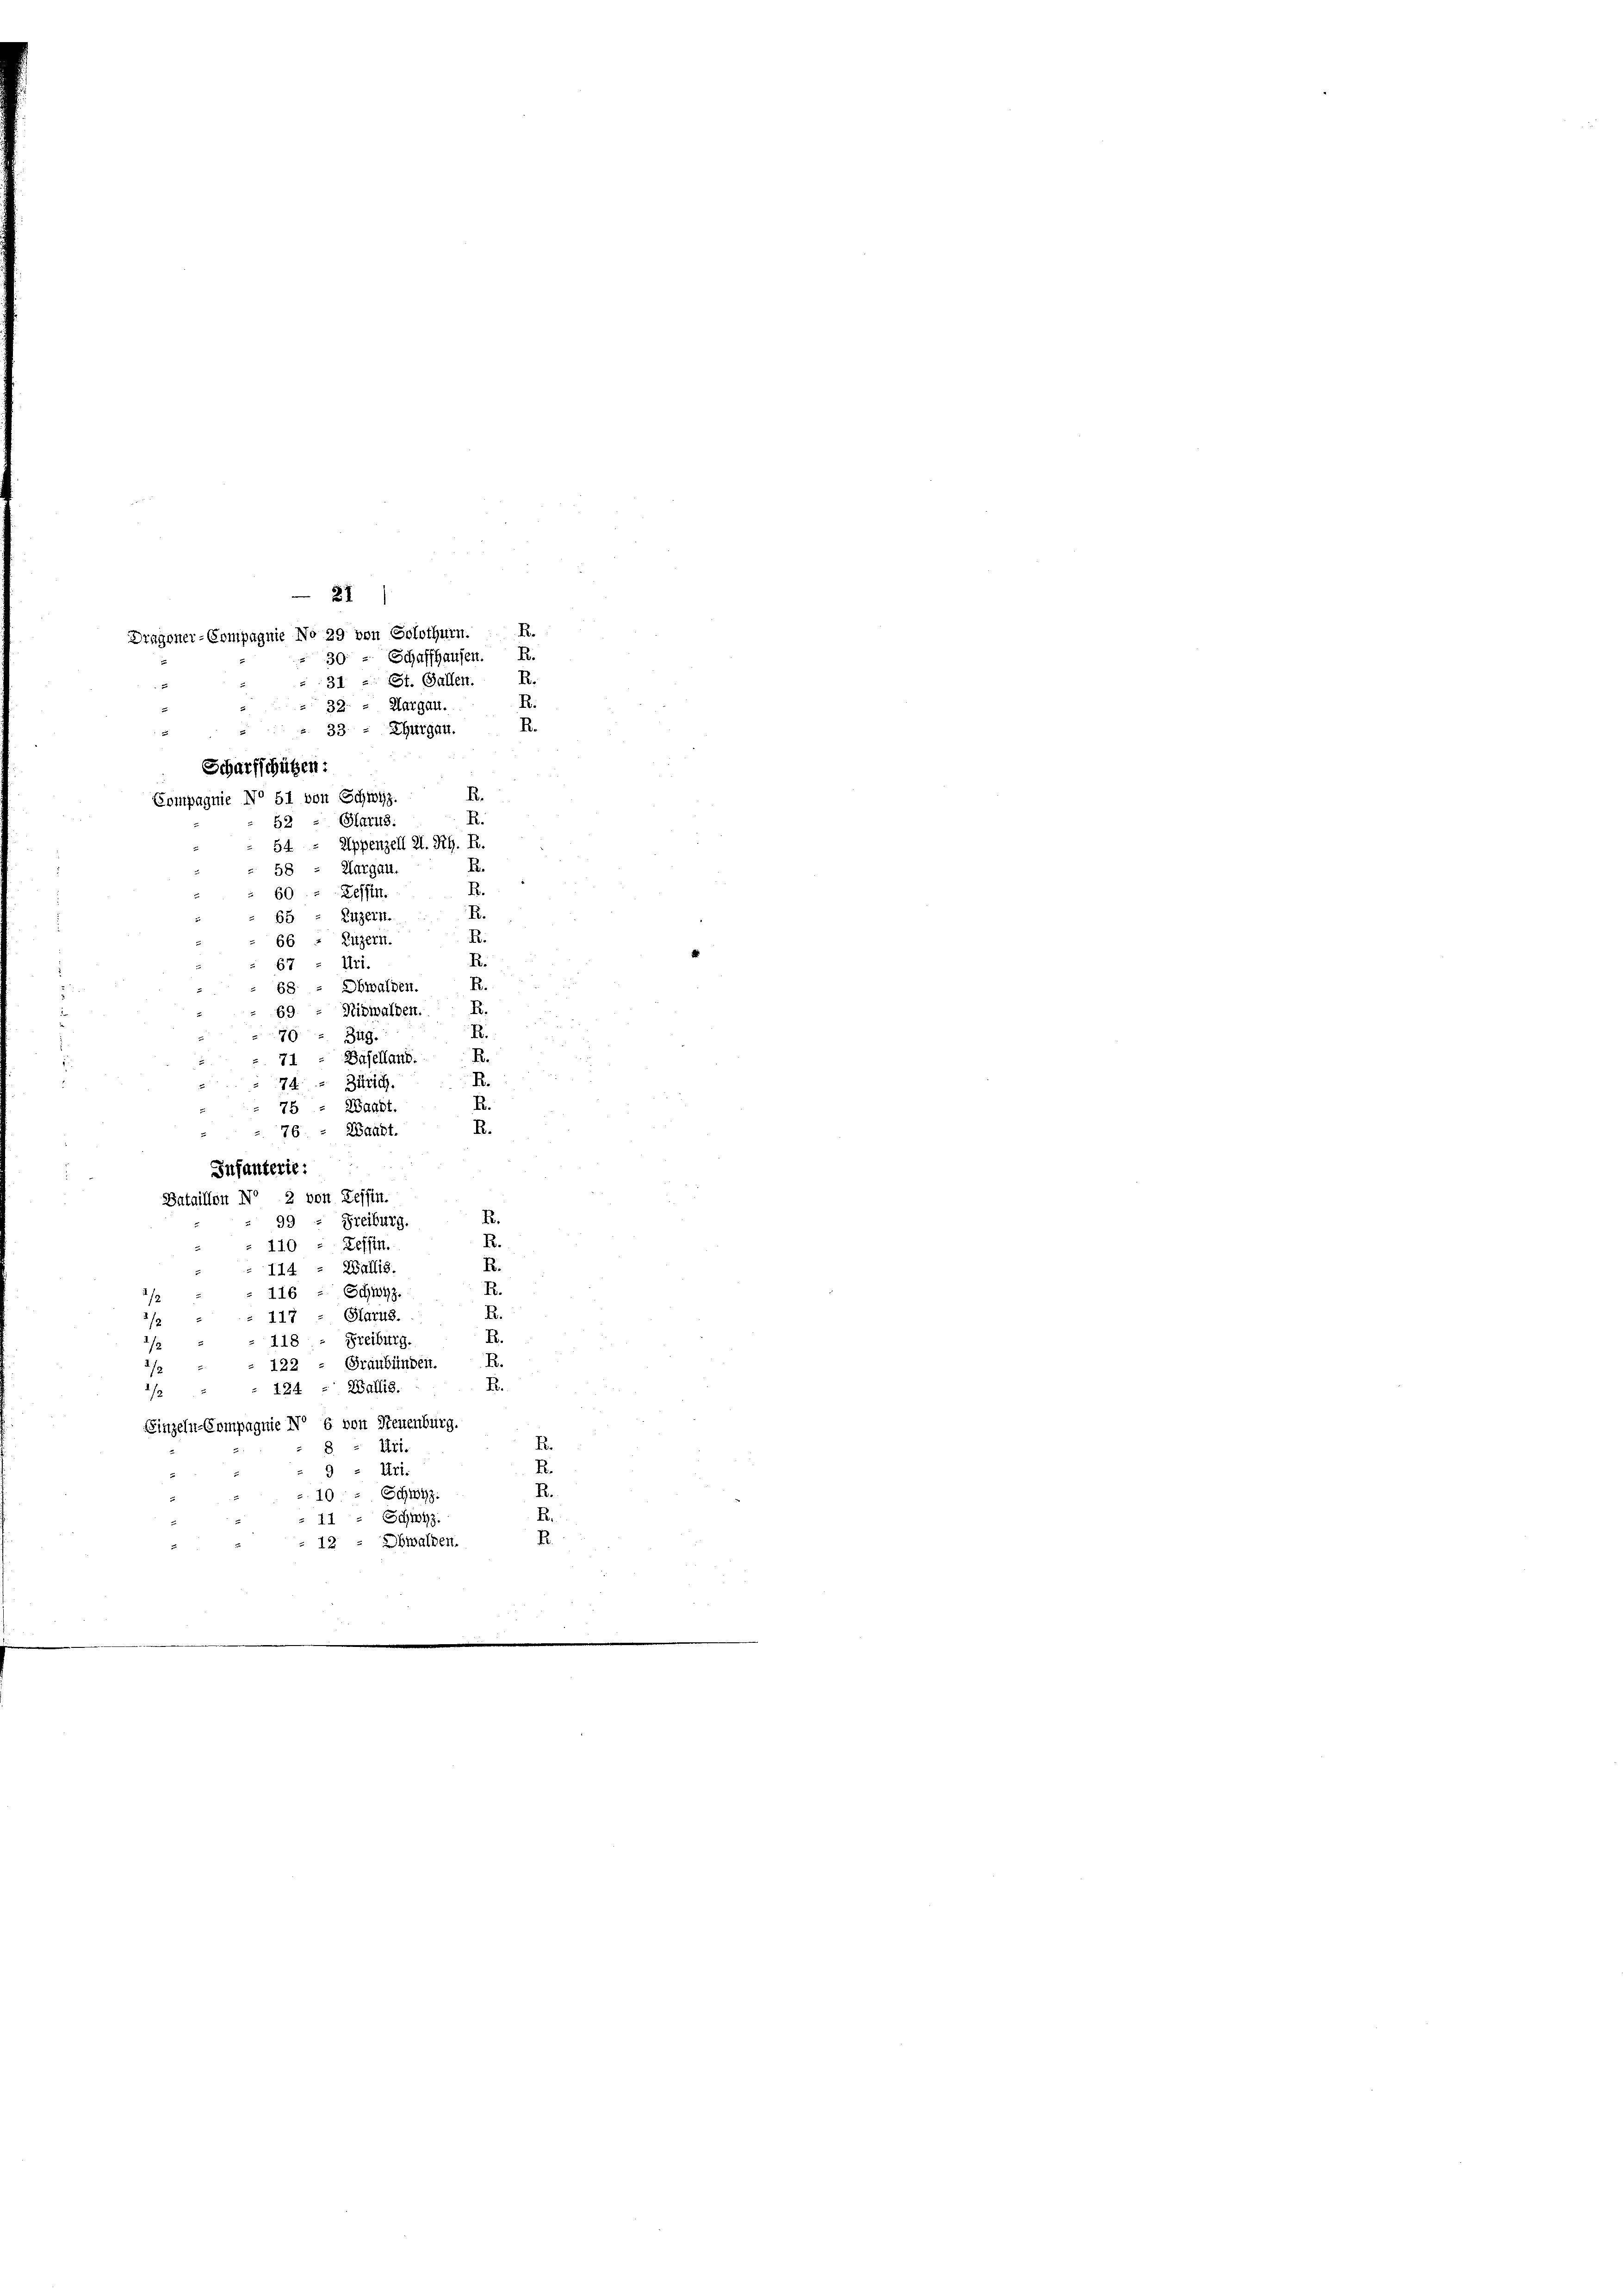
R.
B.
R.
R.
R.
R.
e
R.
A
74. Zürich.
.
R.
75 : Waadt.
R.
76 : Waadt.
Infanterie:
Bataillon No 2 von Tessin.
R.
99
Freiburg.
R.
110 - Zessin,
R.
114 - Wallis.
R.
16 - Schwyz.
B
Harus.
17
R.
Freiburg.
R.
Graubünden.
12
122
R.
Wallis.
24
Einzeln-Compagnie No 6 von Neuenburg.
R.
Uri.
8
R.
Uri.
R.
Schwyz.
0
B.
Schwyz.
R.
Obwalden.

21
R.
Dragoner-Compagnie No 29 von Solothurn.
Schaffhausen.
30
31. 2. St. Gallen. R.
R
32. — Aargau.
R.
33 - Thurgau.
e
Scharfschützen:
R.
Compagnie No 51 von Schwyz.
R.
Glarus.
52
54 - Appenzell I. R. R.

58 - Margau.
60 " Zessin.
65 - Litzern.
66 ; Luzern.
67 : Uri.
68. - Obwalden. R.
69. — Nidwalden. R.
70
349.
Baselland.
71

R.